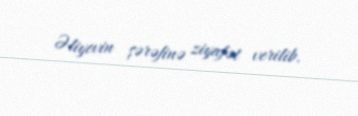
Əliyevin şərəfinə ziyafət verilib.